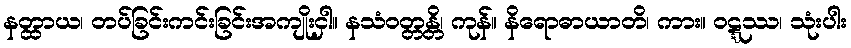
နတ္ထာယ၊ တပ်ခြင်းကင်းခြင်းအကျိုးငှါ။ နသံဝတ္တန္တိ၊ ကုန်။ နိရောဓာယာတိ၊ ကား။ ဝဋ္ဋဿ၊ သုံးပါး